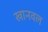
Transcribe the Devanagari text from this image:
खानवल